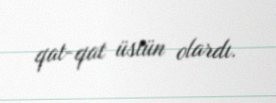
qat-qat üstün olardı.